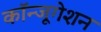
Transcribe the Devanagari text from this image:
कॉन्जूगेशन